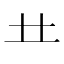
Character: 龷